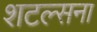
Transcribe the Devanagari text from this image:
शटल्सना